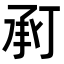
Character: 𢬫